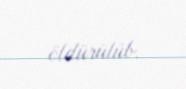
öldürülüb.